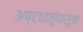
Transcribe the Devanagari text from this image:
अष्टधातूंपासून